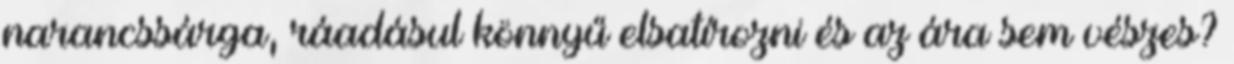
narancssárga, ráadásul könnyű elsatírozni és az ára sem vészes?